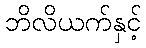
ဘိလိယက်နှင့်